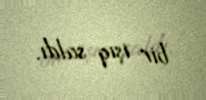
bir işıq saldı.